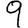
Digit: 9